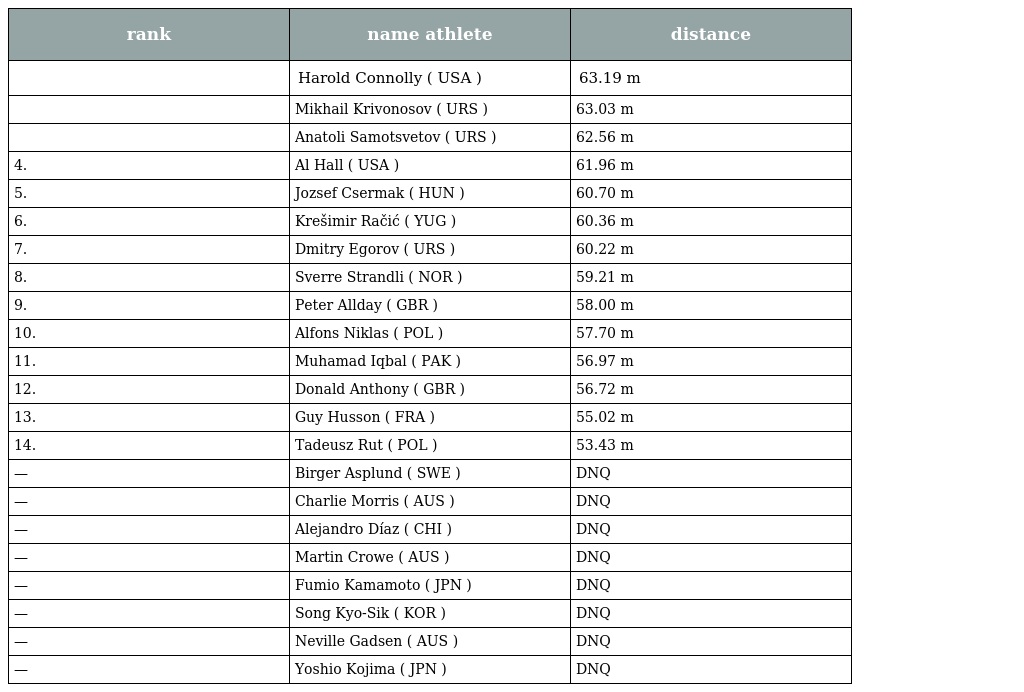
| rank | name athlete | distance |
 | --- | --- | --- |
 |  | Harold Connolly ( USA ) | 63.19 m |
 |  | Mikhail Krivonosov ( URS ) | 63.03 m |
 |  | Anatoli Samotsvetov ( URS ) | 62.56 m |
 | 4. | Al Hall ( USA ) | 61.96 m |
 | 5. | Jozsef Csermak ( HUN ) | 60.70 m |
 | 6. | Krešimir Račić ( YUG ) | 60.36 m |
 | 7. | Dmitry Egorov ( URS ) | 60.22 m |
 | 8. | Sverre Strandli ( NOR ) | 59.21 m |
 | 9. | Peter Allday ( GBR ) | 58.00 m |
 | 10. | Alfons Niklas ( POL ) | 57.70 m |
 | 11. | Muhamad Iqbal ( PAK ) | 56.97 m |
 | 12. | Donald Anthony ( GBR ) | 56.72 m |
 | 13. | Guy Husson ( FRA ) | 55.02 m |
 | 14. | Tadeusz Rut ( POL ) | 53.43 m |
 | — | Birger Asplund ( SWE ) | DNQ |
 | — | Charlie Morris ( AUS ) | DNQ |
 | — | Alejandro Díaz ( CHI ) | DNQ |
 | — | Martin Crowe ( AUS ) | DNQ |
 | — | Fumio Kamamoto ( JPN ) | DNQ |
 | — | Song Kyo-Sik ( KOR ) | DNQ |
 | — | Neville Gadsen ( AUS ) | DNQ |
 | — | Yoshio Kojima ( JPN ) | DNQ |